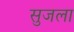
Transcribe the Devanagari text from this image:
सुजला